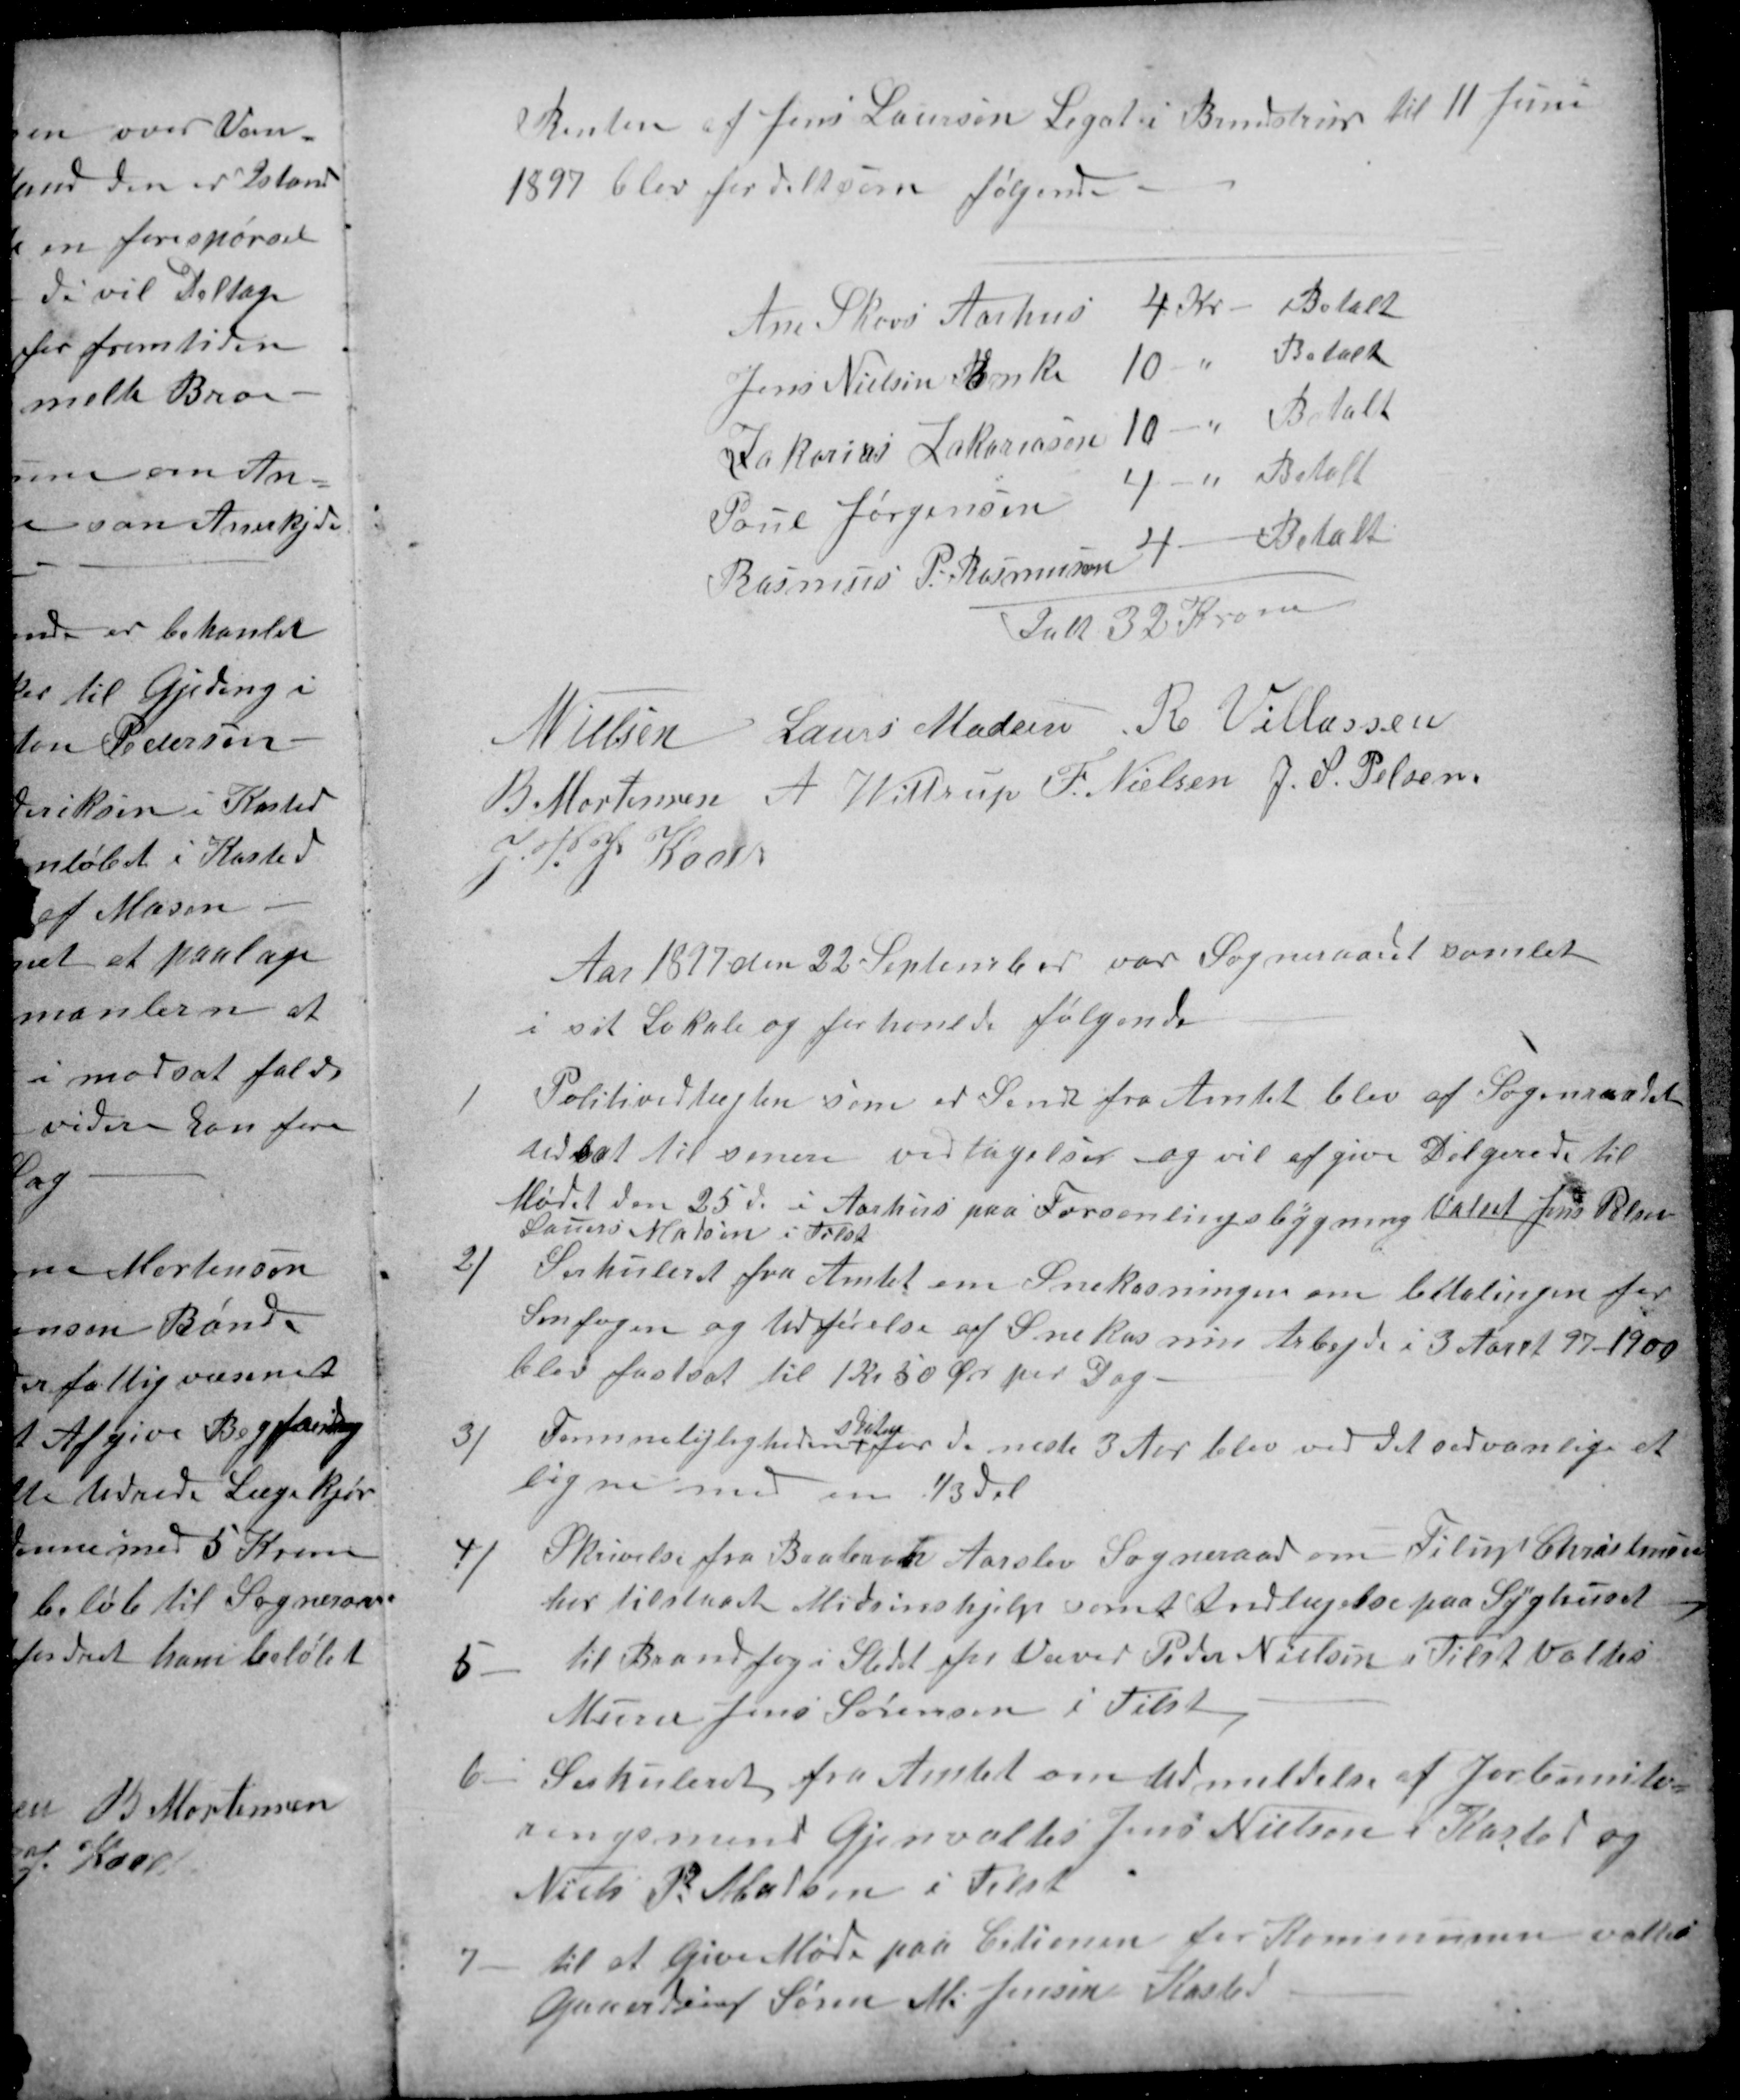
Transskription:
Renten af Jens Laursen Legat i Brendstrup til 11 Juni
1897 blev fordelt som følgende.
Ane Skovs Aarhus
Aarhus 4 Kr
Betalt
Jens Nielsen Enke
10 -
Betalt
Zakarias Zakariasen
10 -
Betalt
Poul Jørgensen
4 -
Betalt
Rasmus P. Rasmussen
4 -
Betalt
Ialt 32 Kroner
N Nielsen 
Laurs Madsen 
R Villassen
B Mortensen 
 A Wittrup 
F. Nielsen 
J. S. Pelsen
J. P. J. Kaae
Aar 1877 den 22 September var Sogneraadet samlet
i sit Lokale og forhanlde følgende
1
Politivedtægten som er Sendt fra Amtet blev af Sogneraadet
udsat til senere vedtagelser og vil afgive Delgerede til
Mødet den 25 ds i Aarhus paa Forsamlingsbygning Valtet Jens Pelsen
Lauers Madsen i Tilst
2)
Serkuleret fra Amtet om Snekasningen om betalingen for
Snefogen og Udførelse af Snekasnin Arbejde i 3 Aaret 97-1900
blev fastsat til 1 Kr 50 Ør per Dag
3/
Formuelejligheden
skaten
for de neste 3 Aar blev ved det sedvanlige at
ligne med en ⅓ del
4/
Skrivelse fra Brabrand Aarslev Sogneraad om Filup Christensen
har tilstaaet Midsinshjelp samt Indlægelse paa Syghuset
5
til Brandfog i Stedet for Væver Peder Nielsen i Tilst Valtes
Murer Jens Sørensen i Tilst
6
Serkuleret fra Amtet om Udmeldelse af Jorbonite-
ringsmend Gjenvaltes Jens Nielsen i Kasted og
Niels P. Madsen i Tilst
7
til at Give Møde paa Cetionen for Kommunen valtes
Gaaerdeier Søren M. Jensen Kasted